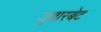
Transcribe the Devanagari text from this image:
जुबारबेट